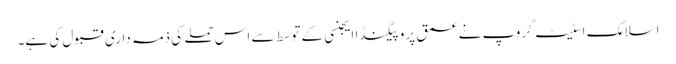
اسلامک اسٹیٹ گروپ نے عمق پروپیگنڈا ایجنسی کے توسط سے اس حملے کی ذمہ داری قبول کی ہے۔